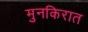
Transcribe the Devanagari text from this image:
मुनकिरात